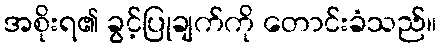
အစိုးရ၏ ခွင့်ပြုချက်ကို တောင်းခံသည်။